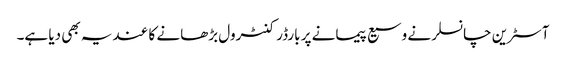
آسٹرین چانسلر نے وسیع پیمانے پر بارڈر کنٹرول بڑھانے کا عندیہ بھی دیا ہے۔